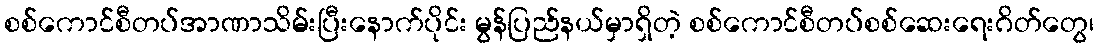
စစ်ကောင်စီတပ်အာဏာသိမ်းပြီးနောက်ပိုင်း မွန်ပြည်နယ်မှာရှိတဲ့ စစ်ကောင်စီတပ်စစ်ဆေးရေးဂိတ်တွေ၊